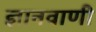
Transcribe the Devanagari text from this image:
ज्ञानवाणी